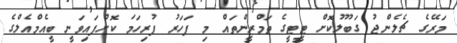
މަރޭގެ ޗެލެންޖު ގަބޫލުކޮށް ޓީޓީގެ ތަމްރީންތައް މި ފަހަރު ފުރިހަމަ ކޮށްފައިވަނީ ބީއެމްއެލްގެ